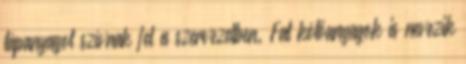
tápanyagot szívnak fel a szervezetben. Fat kötőanyagok is nevezik